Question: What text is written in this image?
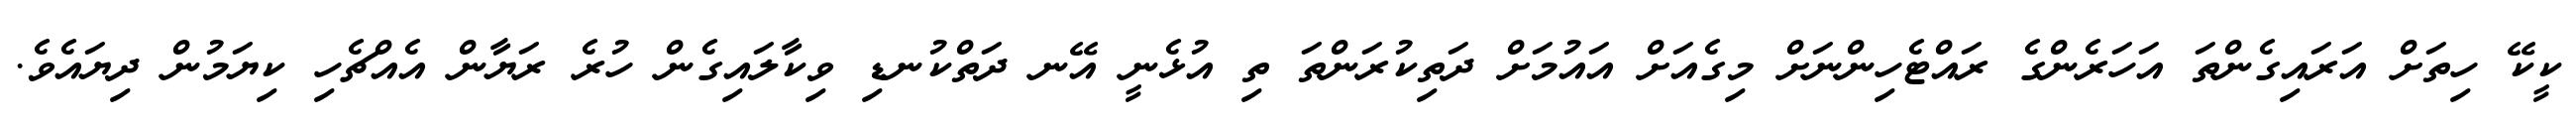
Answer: ކީކޭ ހިތަށް އަރައިގެންތަ އަހަރެންގެ ރައްޓެހިންނަށް މިގެއަށް އައުމަށް ދަތިކުރަންތަ ތި އުޅެނީ އޭނ ދަތްކުނޑި ވިކާލައިގެން ހުރެ ރަޔާން އެއްޗެހި ކިޔަމުން ދިޔައެވެ.